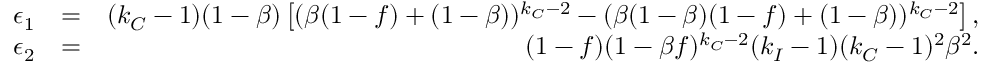
\begin{array} { r l r } { \epsilon _ { 1 } } & { = } & { ( k _ { C } - 1 ) ( 1 - \beta ) \left[ ( \beta ( 1 - f ) + ( 1 - \beta ) ) ^ { k _ { C } - 2 } - ( \beta ( 1 - \beta ) ( 1 - f ) + ( 1 - \beta ) ) ^ { k _ { C } - 2 } \right] , } \\ { \epsilon _ { 2 } } & { = } & { ( 1 - f ) ( 1 - \beta f ) ^ { k _ { C } - 2 } ( k _ { I } - 1 ) ( k _ { C } - 1 ) ^ { 2 } \beta ^ { 2 } . } \end{array}